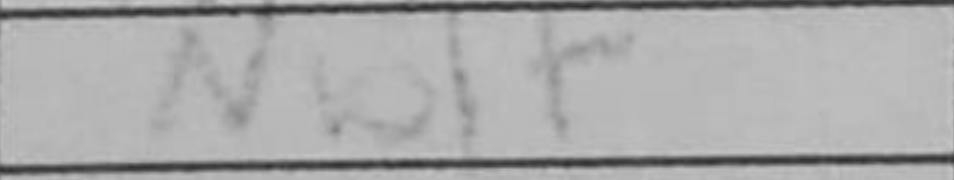
Transcription: Nb1+